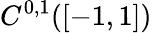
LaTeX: C^{0,1}([-1,1])